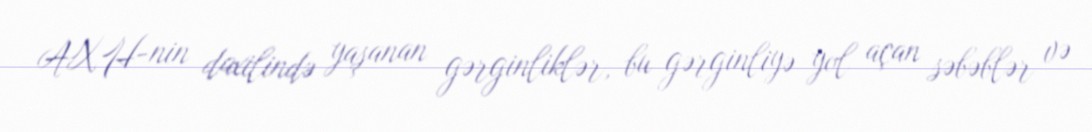
AXH-nin daxilində yaşanan gərginliklər, bu gərginliyə yol açan səbəblər və